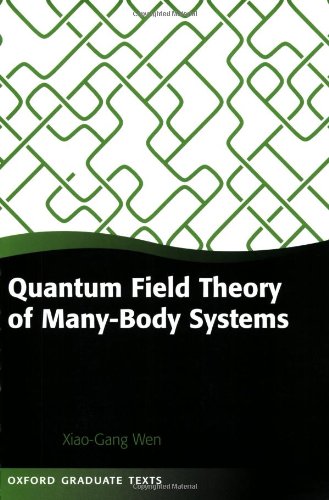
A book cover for Quantum Field Theory of Many-body Systems: From the Origin of Sound to an Origin of Light and Electrons (Oxford Graduate Texts); Xiao-Gang Wen; Science & Math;